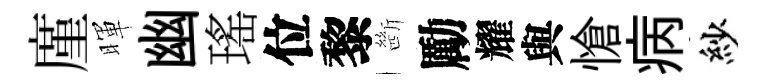
廑暉幽瑤位黎㫁勵耀與愴病紗